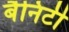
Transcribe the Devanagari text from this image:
बैनिटी